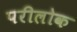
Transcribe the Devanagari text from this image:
परीलोक